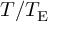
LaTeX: T / T _ { \mathrm { { E } } }